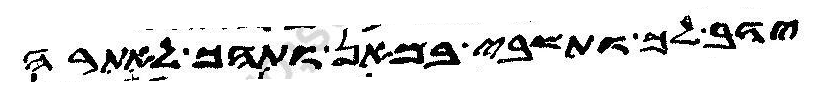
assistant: יהב לך ותשבי במאן ותהך לאתרה